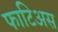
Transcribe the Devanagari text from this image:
फाटिअस